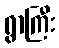
ရွာကြီး